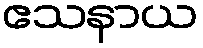
ဧသနာယ